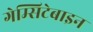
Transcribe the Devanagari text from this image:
गेम्सिटेबाइन